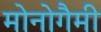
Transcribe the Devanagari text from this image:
मोनोगैमी